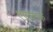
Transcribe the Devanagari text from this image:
एएलएफ